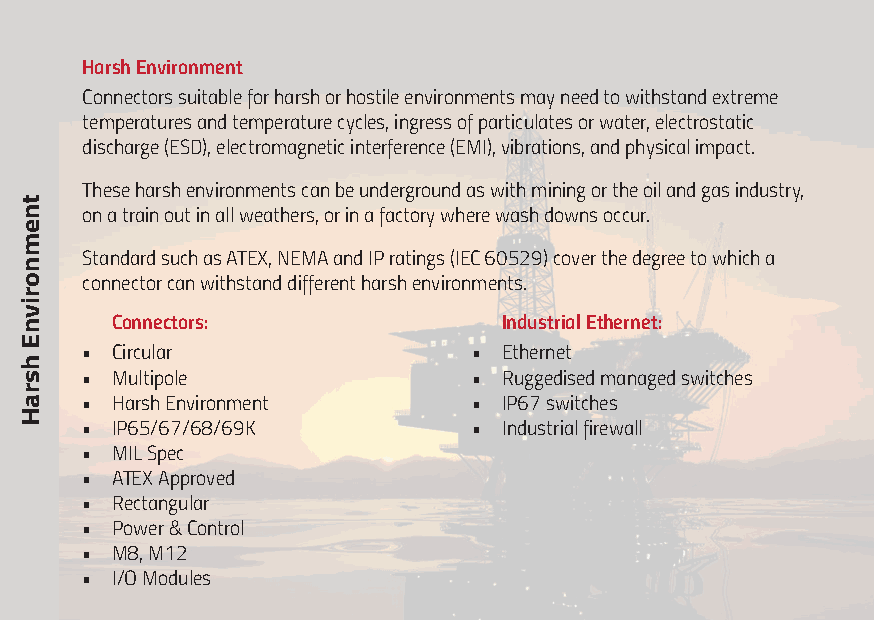
Harsh Environment
 Connectors suitable for harsh or hostile environments may need to withstand extreme
 temperatures and temperature cycles, ingress of particulates or water, electrostatic
 discharge (ESD), electromagnetic interference (EMI), vibrations, and physical impact.
 These harsh environments can be underground as with mining or the oil and gas industry,
 on a train out in all weathers, or in a factory where wash downs occur.
 Standard such as ATEX, NEMA and IP ratings (IEC 60529) cover the degree to which a
 connector can withstand different harsh environments.
 Connectors:               Industrial Ethernet:
 • Circular                • Ethernet
 • Multipole               • Ruggedised managed switches
 • Harsh Environment       • IP67 switches
 • IP65/67/68/69K          • Industrial firewall
 • MIL Spec
 • ATEX Approved
 • Rectangular
 • Power & Control
 • M8, M12
 • I/O Modules
 tnemnorivnE
 hsraH